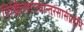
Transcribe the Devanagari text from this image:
निखिलशास्त्रान्तरसासंग्रहभि